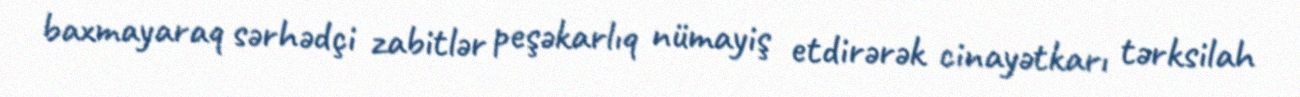
baxmayaraq sərhədçi zabitlər peşəkarlıq nümayiş etdirərək cinayətkarı tərksilah